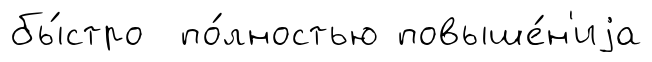
бы́стро по́лностью повыше́н'иjа